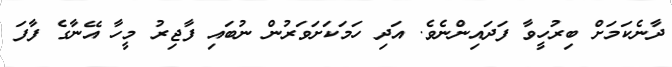
ދާނެކަމަށް ބިރުހީވާ ފަދައިންނެވެ. އަދި ހަމަކަށަވަރުން ނުބައި ފާޖިރު މީހާ އޭނާގެ ފާފަ